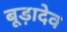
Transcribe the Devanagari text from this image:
बूड़ादेव